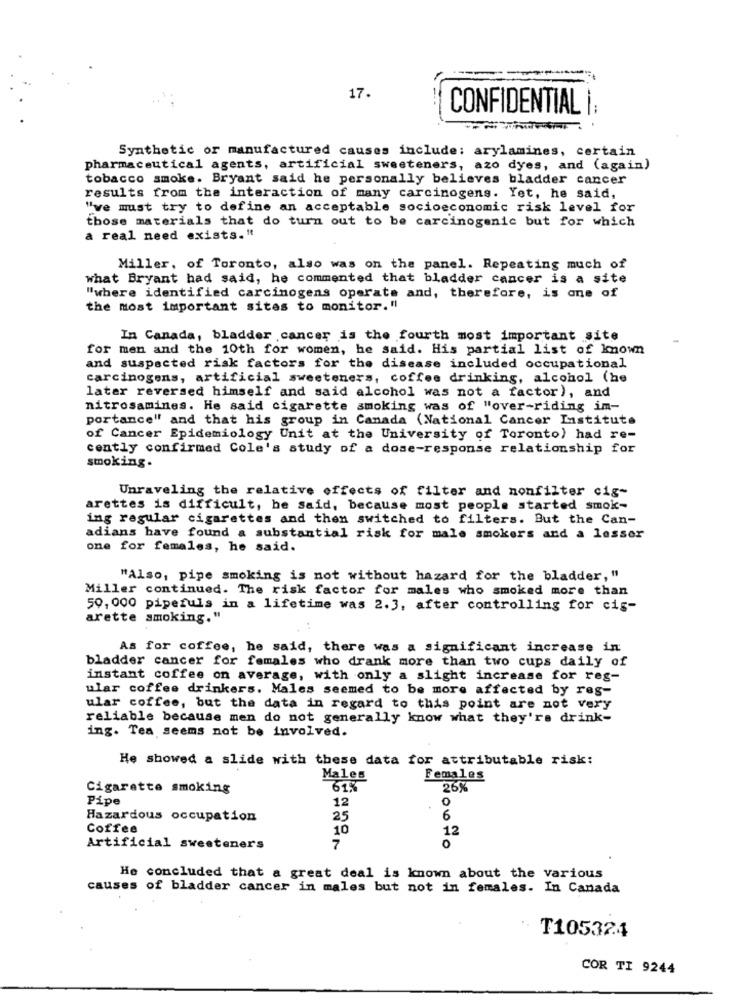
17.
CONFIDENTIAL |:
Synthetic or manufactured causes include: arylamines, certain
pharmaceutical agents, artificial sweeteners, azo dyes, and (again)
tobacco smoke. Bryant said he personally believes bladder cancer
results from the interaction of many carcinogens. Yet, he said,
"we must try to define an acceptable socioeconomic risk level for
those materials that do turn out to be carcinogenic but for which
a real need exists."
Miller, of Toronto, also was on the panel. Repeating much of
what Bryant had said, he commented that bladder cancer is a site
"where identified carcinogens operate and, therefore, is one of
the most important sites to monitor. "
In Canada, bladder cancer is the fourth most important site
for men and the 10th for women, he said. His partial list of known
and suspected risk factors for the disease included occupational
carcinogens, artificial sweeteners, coffee drinking, alcohol (he
later reversed himself and said alcohol was not a factor), and
nitrosamines. He said cigarette smoking was of "over-riding im-
portance" and that his group in Canada (National Cancer Institute
of Cancer Epidemiology Unit at the University of Toronto) had re-
cently confirmed Cole's study of a dose-response relationship for
smoking.
Unraveling the relative effects of filter and nonfilter cig-
arettes is difficult, he Said, because most people started smok-
ing regular cigarettes and then switched to filters. But the Can-
adians have found a substantial risk for male smokers and a lesser
one for females, he said.
"Also, pipe smoking is not without hazard for the bladder, "
Miller continued. The risk factor for males who smoked more than
50, 000 pipefuls in a lifetime was 2.3, after controlling for cis-
arette smoking."
As for coffee, he said, there was a significant increase in
bladder cancer for females who drank more than two cups daily of
instant coffee on average, with only a slight increase for reg-
ular coffee drinkers. Males seemed to be more affected by res-
ular coffee, but the data in regard to this point are not very
reliable because men do not generally know what they're drink-
ing. Tea seems not be involved.
He showed a slide with these data for attributable risk:
Males
Females
Cigarette smoking
61%
26%
Pipe
12
0
Hazardous occupation
25
6
Coffee
10
12
0
Artificial sweeteners
7
He concluded that a great deal is known about the various
causes of bladder cancer in males but not in females. In Canada
T105324
COR TI 9244